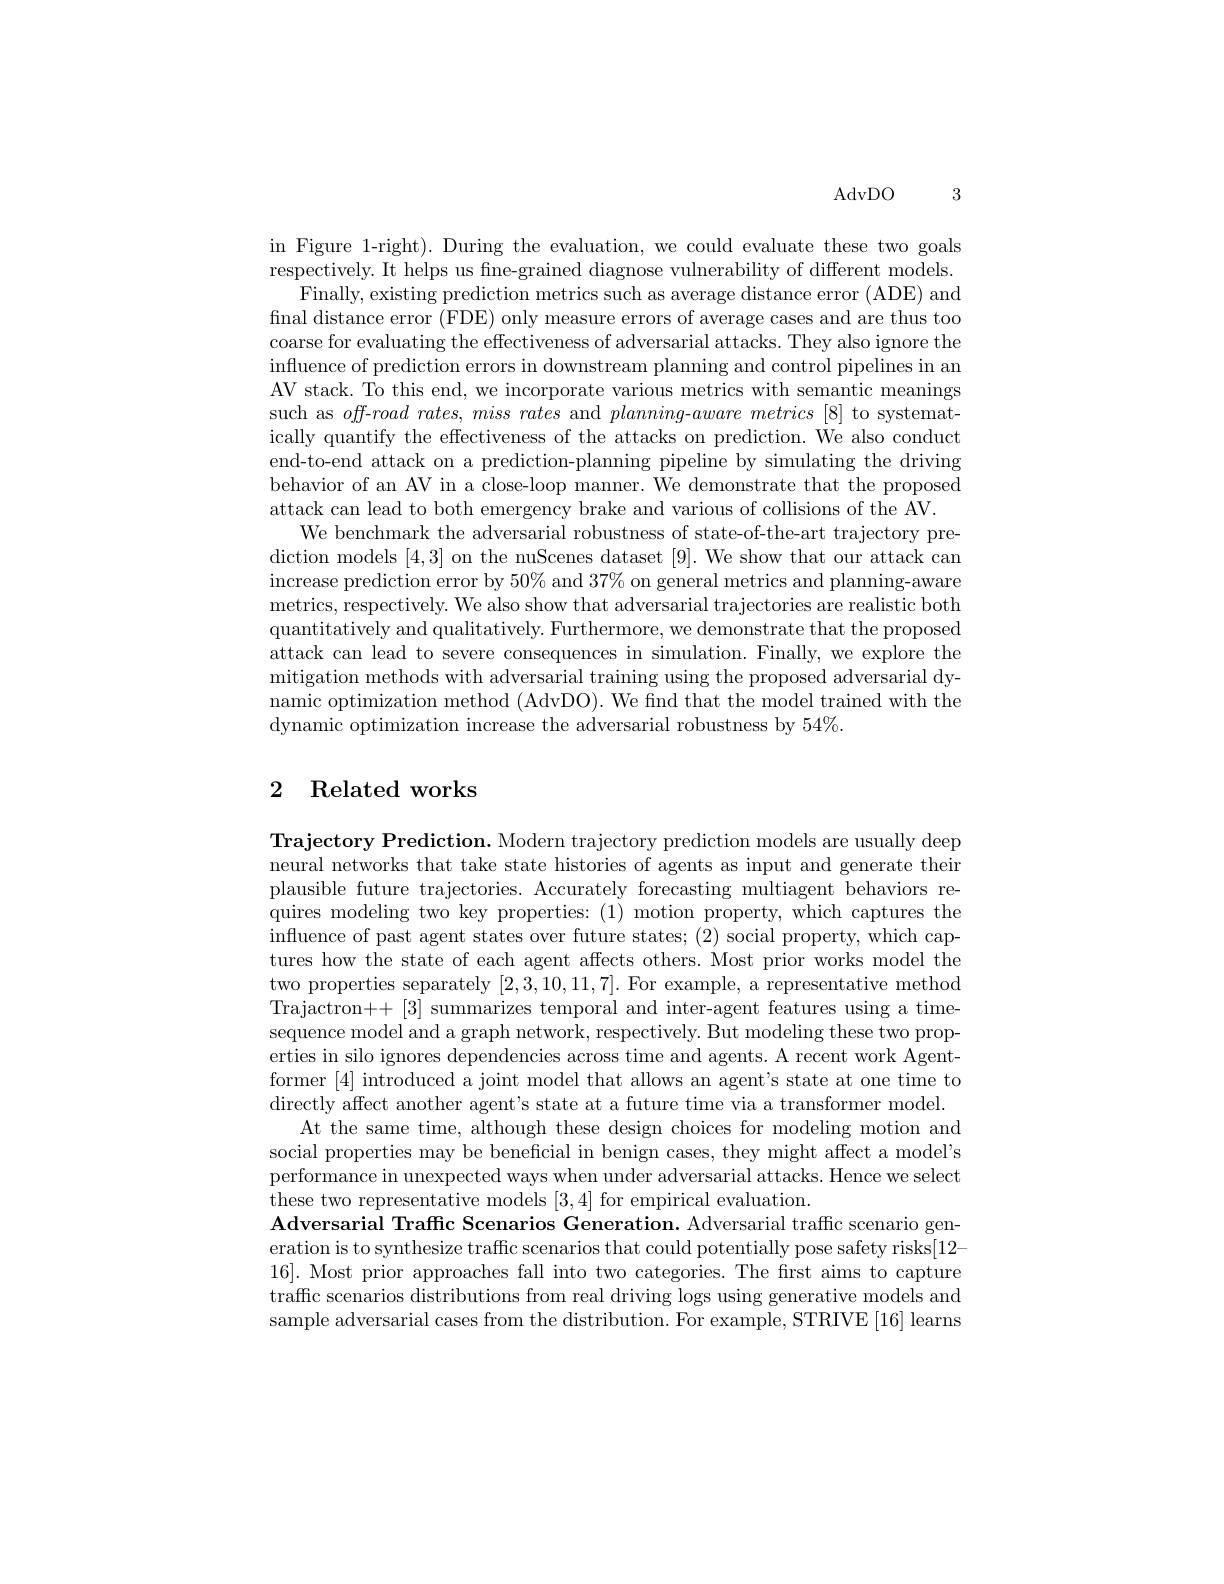
$\operatorname{AdvDO}$

3

in Figure 1-right). During the evaluation, we could evaluate these two goals respectively. It helps us fne-grained diagnose vulnerability of different models.
Finally, existing prediction metrics such as average distance error (ADE) and final distance error (FDE) only measure errors of average cases and are thus too coarse for evaluating the effectiveness of adversarial attacks. They also ignore the influence of prediction errors in downstream planning and control pipelines in an AV stack. To this end, we incorporate various metrics with semantic meanings such as off-$road\textit{ rates, miss rates and }planning$-$aware\textit{ metrics [ 8] to systemat- }$ ically quantify the effectiveness of the attacks on prediction. We also conduct end-to-end attack on a prediction-planning pipeline by simulating the driving behavior of an AV in a close-loop manner. We demonstrate that the proposed attack can lead to both emergency brake and various of collisions of the AV.
We benchmark the adversarial robustness of state-of-the-art trajectory prediction models [4,3] on the nuScenes dataset [9]. We show that our attack can increase prediction error by $50\%$ and $37\%$ on general metrics and planning-aware metrics, respectively. We also show that adversarial trajectories are realistic both quantitatively and qualitatively. Furthermore, we demonstrate that the proposed attack can lead to severe consequences in simulation. Finally, we explore the mitigation methods with adversarial training using the proposed adversarial dynamic optimization method (AdvDO). We find that the model trained with the dynamic optimization increase the adversarial robustness by $54\%.$

# 2 Related works

Trajectory Prediction. Modern trajectory prediction models are usually deep neural networks that take state histories of agents as input and generate their plausible future trajectories. Accurately forecasting multiagent behaviors requires modeling two key properties: (1) motion property, which captures the influence of past agent states over future states; (2) social property, which captures how the state of each agent affects others. Most prior works model the two properties separately [2,3,10,11,7]. For example, a representative method Trajactron++[3] summarizes temporal and inter-agent features using a timesequence model and a graph network, respectively. But modeling these two properties in silo ignores dependencies across time and agents. A recent work Agentformer [4] introduced a joint model that allows an agent's state at one time to directly affect another agent's state at a future time via a transformer model.
At the same time, although these design choices for modeling motion and social properties may be beneficial in benign cases, they might affect a model's performance in unexpected ways when under adversarial attacks. Hence we select these two representative models [3,4] for empirical evaluation.
Adversarial Traffic Scenarios Generation. Adversarial traffic scenario generation is to synthesize traffc scenarios that could potentially pose safety risks[12- 16]. Most prior approaches fall into two categories. The first aims to capture traffc scenarios distributions from real driving logs using generative models and sample adversarial cases from the distribution. For example, STRIVE [16] learns